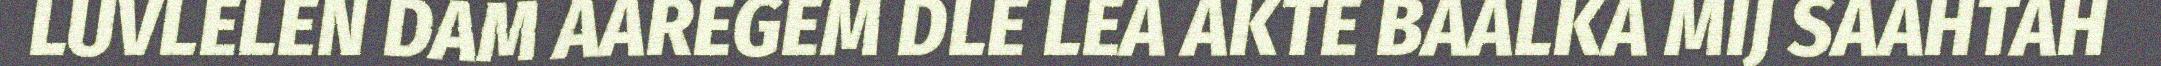
LUVLELEN DAM AAREGEM DLE LEA AKTE BAALKA MIJ SAAHTAH